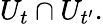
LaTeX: U_{t}\cap U_{t^{\prime}}.